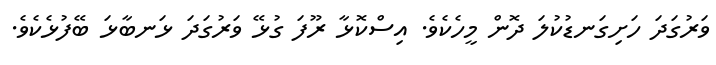
ވަރުގަދަ ހަށިގަނޑުކުލަ ދޮން މީހެކެވެ. އިސްކޮޅާ ރޫފަ ގުޅޭ ވަރުގަދަ ޅަނބާޅަ ބޭފުޅެކެވެ.